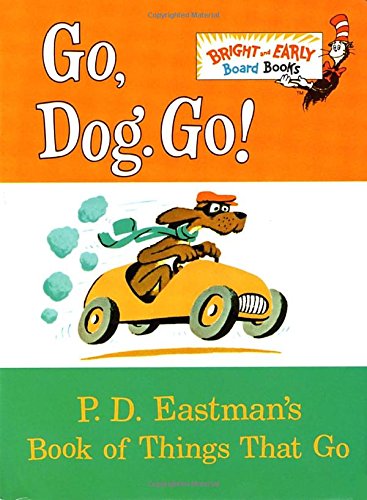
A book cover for Go, Dog. Go!: P.D. Eastman's Book of Things That Go; P.D. Eastman; Children's Books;